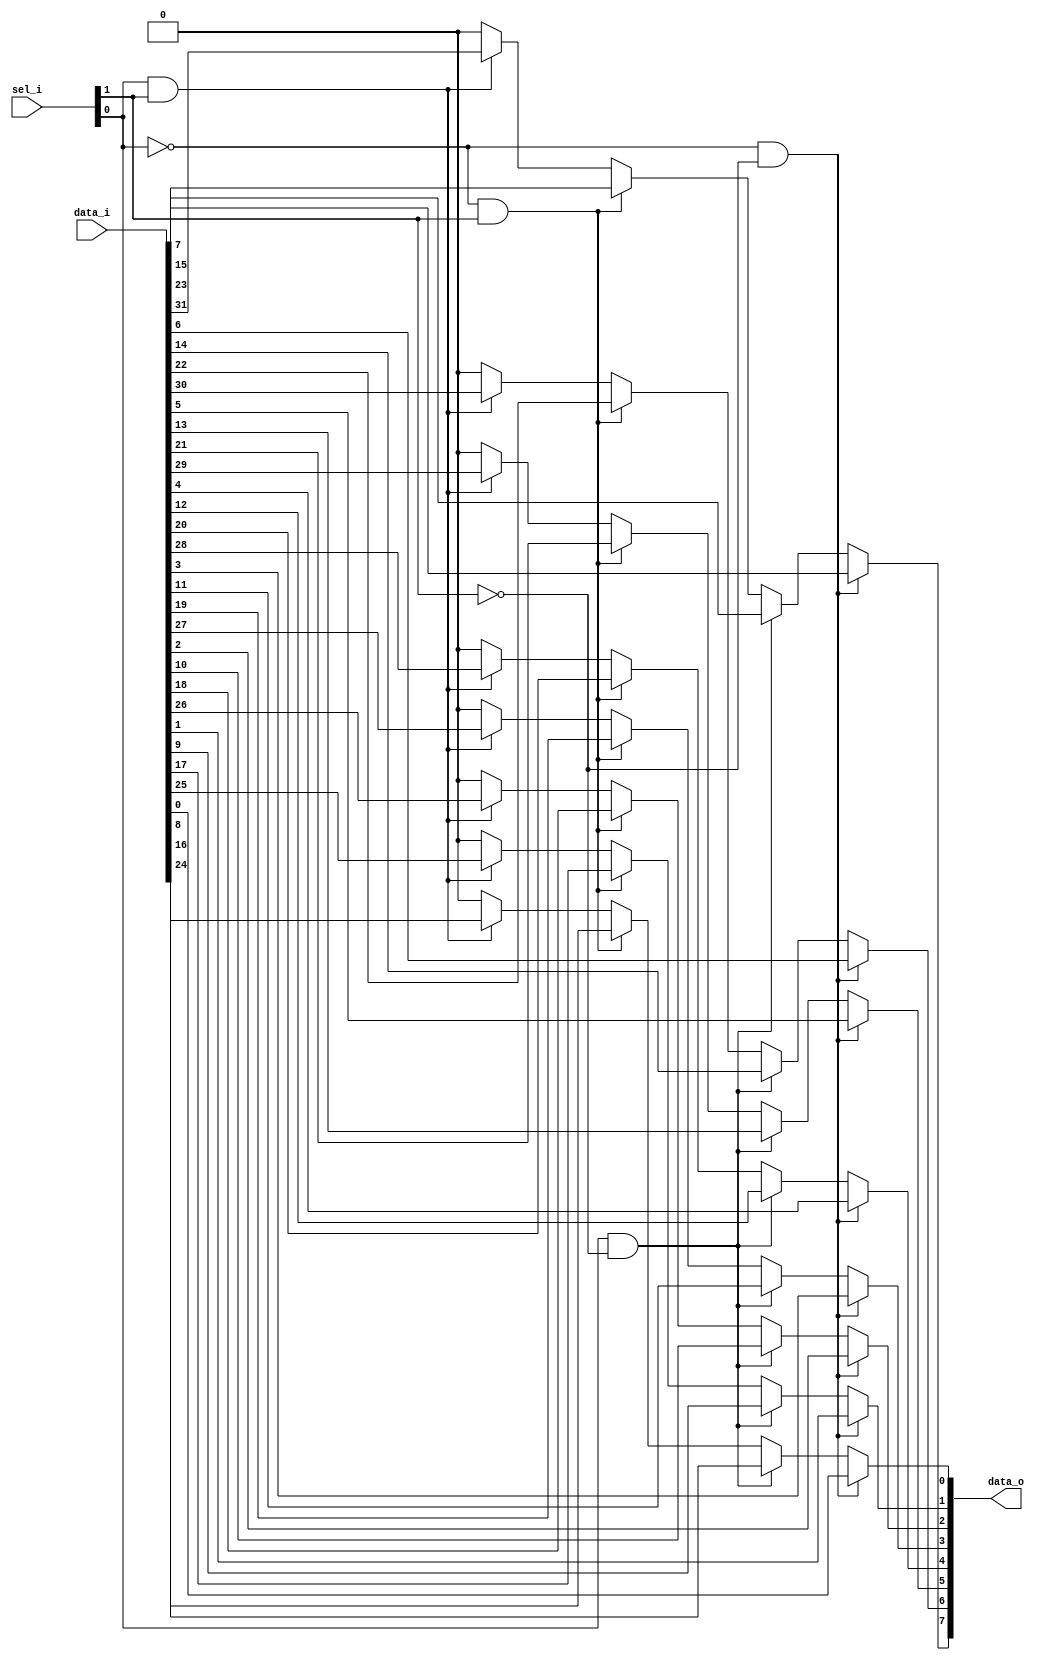
module bsg_mux_width_p8_els_p4
(
  data_i,
  sel_i,
  data_o
);

  input [31:0] data_i;
  input [1:0] sel_i;
  output [7:0] data_o;
  wire [7:0] data_o;
  wire N0,N1,N2,N3,N4,N5;
  assign data_o[7] = (N2)? data_i[7] : 
                     (N4)? data_i[15] : 
                     (N3)? data_i[23] : 
                     (N5)? data_i[31] : 1'b0;
  assign data_o[6] = (N2)? data_i[6] : 
                     (N4)? data_i[14] : 
                     (N3)? data_i[22] : 
                     (N5)? data_i[30] : 1'b0;
  assign data_o[5] = (N2)? data_i[5] : 
                     (N4)? data_i[13] : 
                     (N3)? data_i[21] : 
                     (N5)? data_i[29] : 1'b0;
  assign data_o[4] = (N2)? data_i[4] : 
                     (N4)? data_i[12] : 
                     (N3)? data_i[20] : 
                     (N5)? data_i[28] : 1'b0;
  assign data_o[3] = (N2)? data_i[3] : 
                     (N4)? data_i[11] : 
                     (N3)? data_i[19] : 
                     (N5)? data_i[27] : 1'b0;
  assign data_o[2] = (N2)? data_i[2] : 
                     (N4)? data_i[10] : 
                     (N3)? data_i[18] : 
                     (N5)? data_i[26] : 1'b0;
  assign data_o[1] = (N2)? data_i[1] : 
                     (N4)? data_i[9] : 
                     (N3)? data_i[17] : 
                     (N5)? data_i[25] : 1'b0;
  assign data_o[0] = (N2)? data_i[0] : 
                     (N4)? data_i[8] : 
                     (N3)? data_i[16] : 
                     (N5)? data_i[24] : 1'b0;
  assign N0 = ~sel_i[0];
  assign N1 = ~sel_i[1];
  assign N2 = N0 & N1;
  assign N3 = N0 & sel_i[1];
  assign N4 = sel_i[0] & N1;
  assign N5 = sel_i[0] & sel_i[1];

endmodule